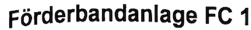
Text: Förderbandanlage FC 1